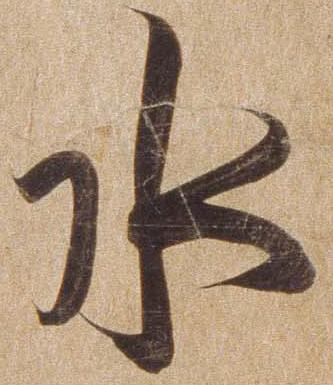
水